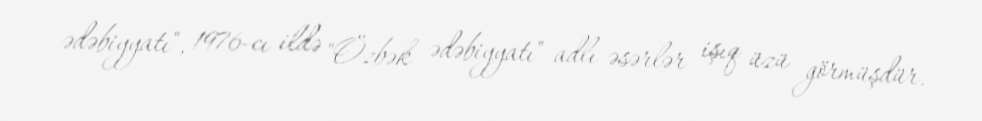
ədəbiyyatı", 1976-cı ildə "Özbək ədəbiyyatı" adlı əsərlər işıq üzü görmüşdür.